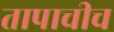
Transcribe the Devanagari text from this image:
तापाचीच